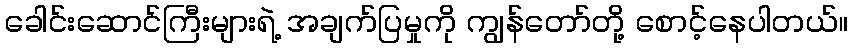
ခေါင်းဆောင်ကြီးများရဲ့ အချက်ပြမှုကို ကျွန်တော်တို့ စောင့်နေပါတယ်။